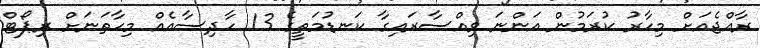
ރާއްޖެއަށް މިހާރު ކުރަމުން އަންނަ ވިއްސާރައިގާ ކަނޑުމަތީގެ 13 ހާދިސާއެއް މިހާތަނަށް ރިޕޯޓް